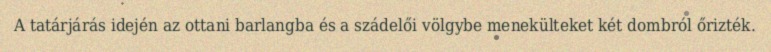
A tatárjárás idején az ottani barlangba és a szádelői völgybe menekülteket két dombról őrizték.